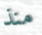
منذ